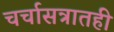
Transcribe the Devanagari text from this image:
चर्चासत्रातही